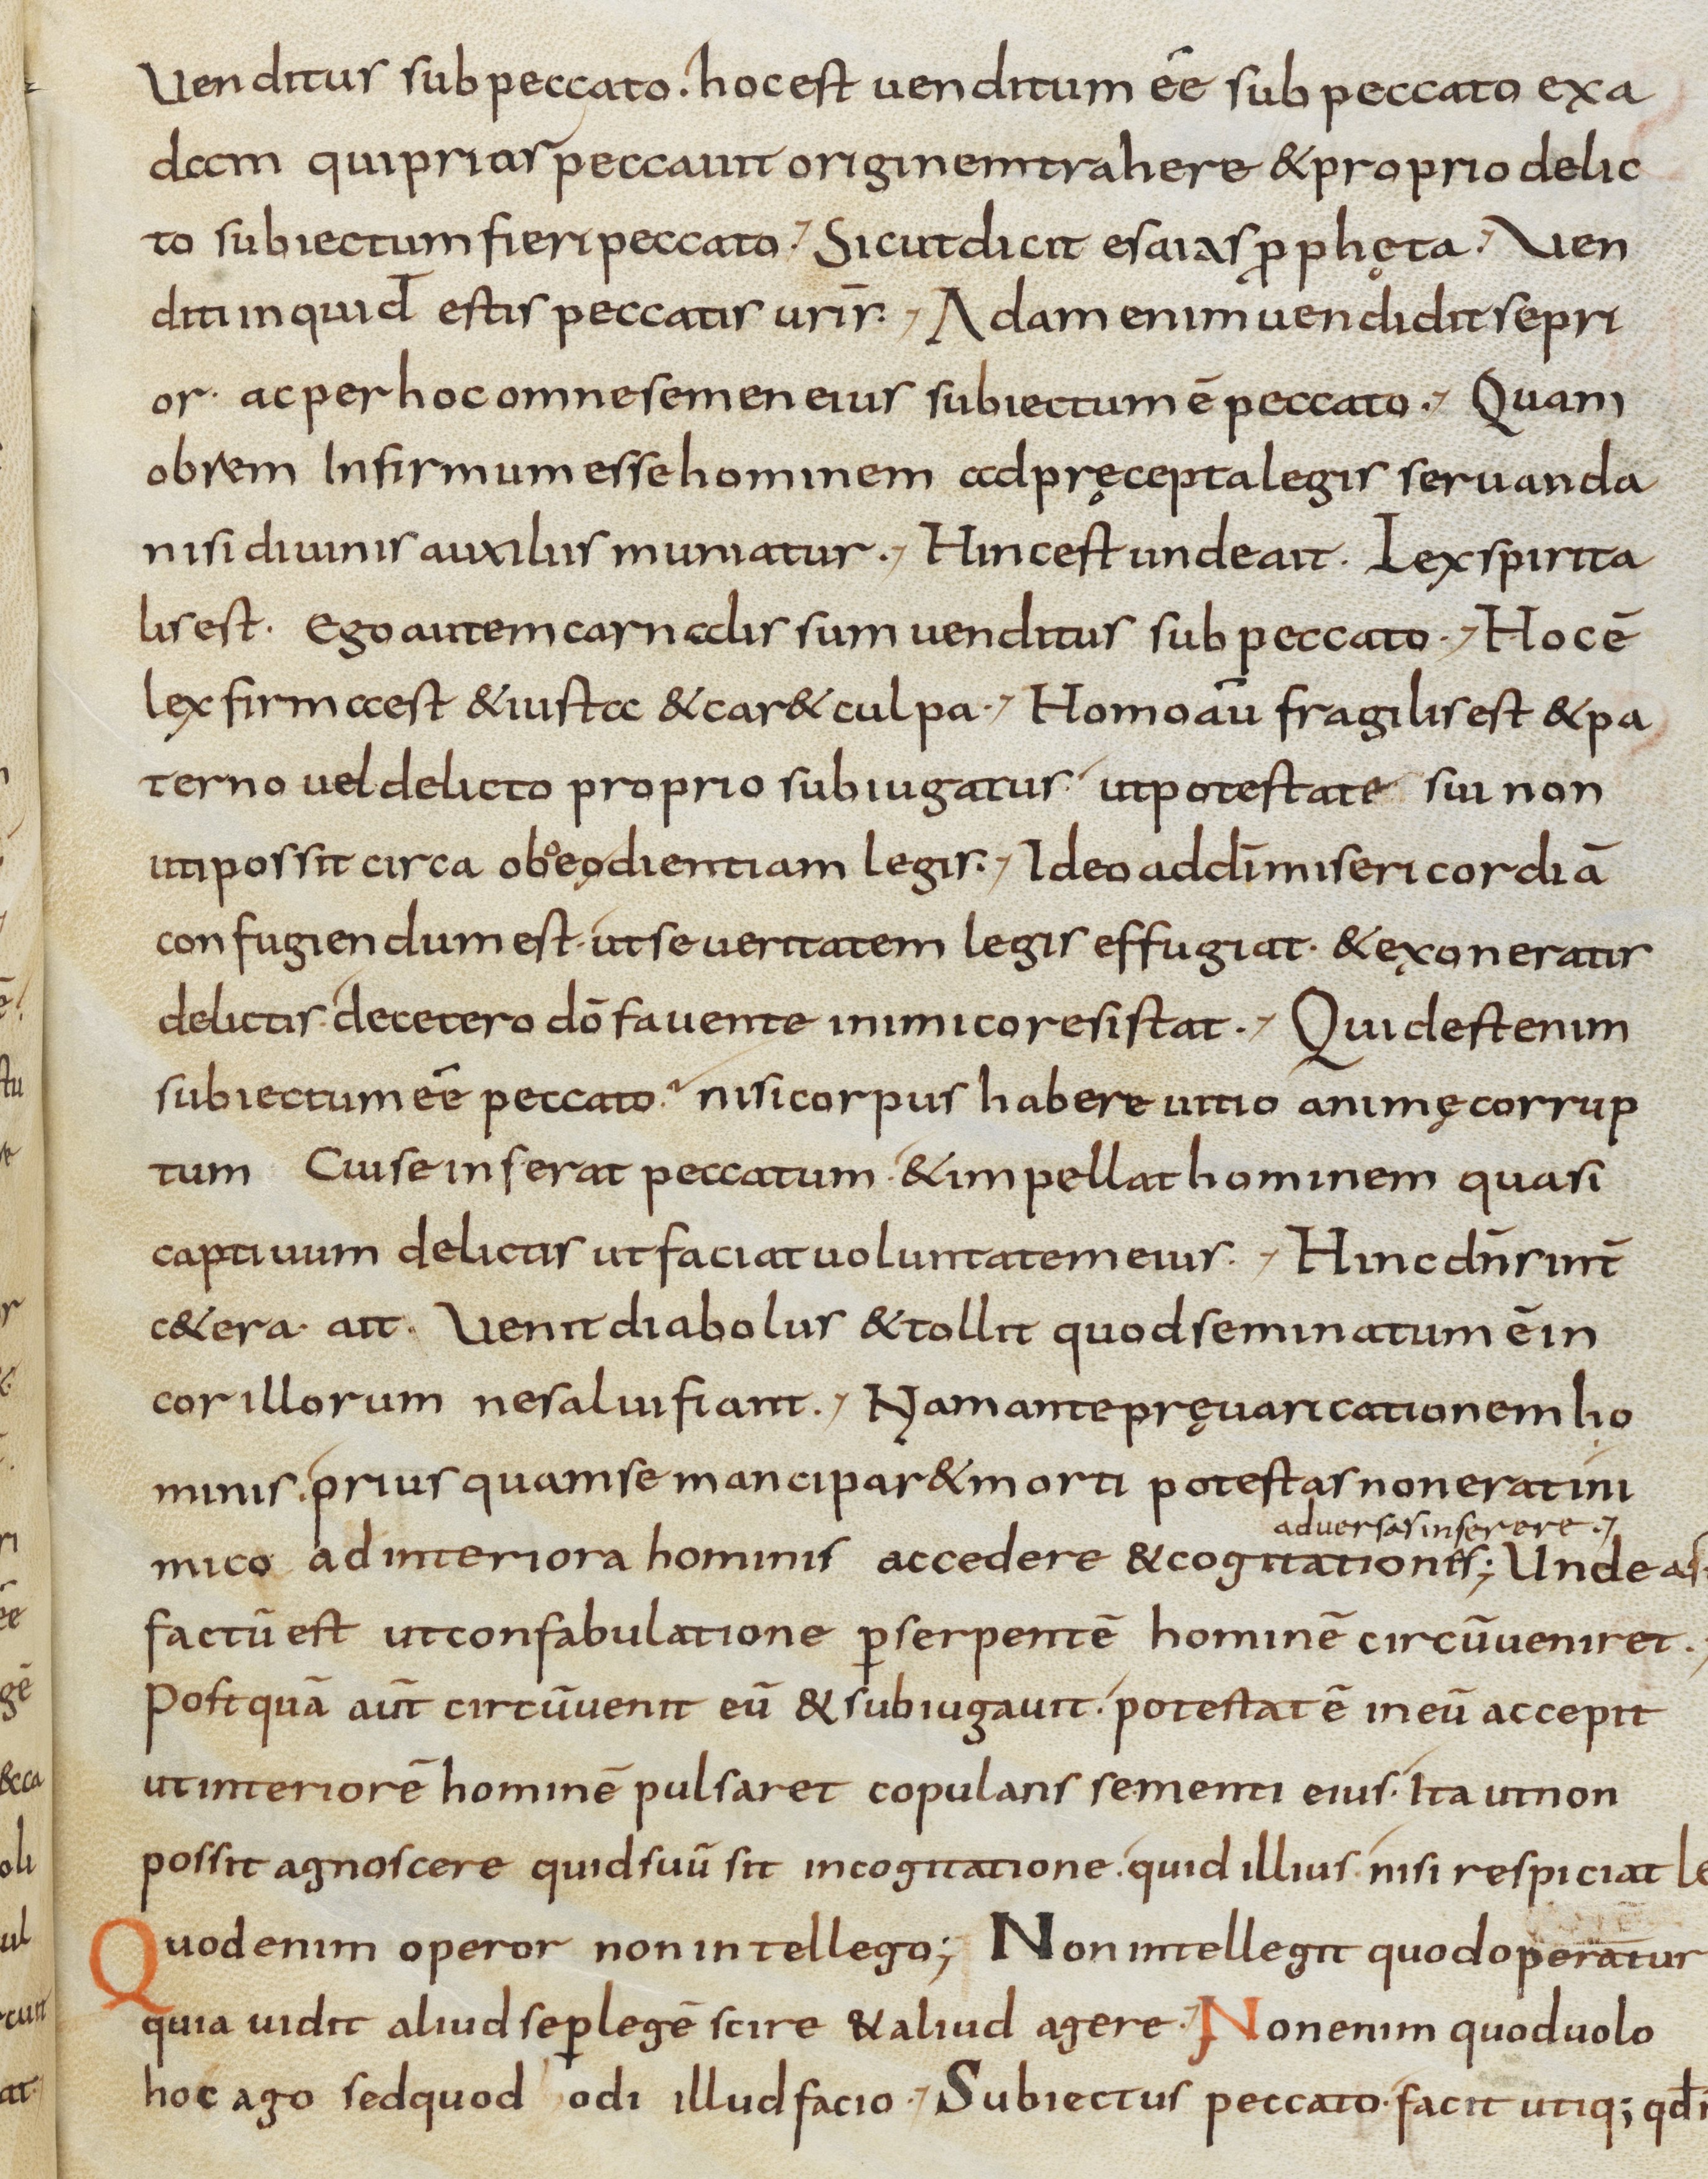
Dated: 800–899